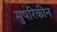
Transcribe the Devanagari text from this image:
मुषरिकीन